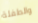
والطفلة